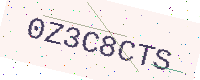
Text: 0Z3C8CTS